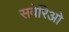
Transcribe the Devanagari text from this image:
सवेरिओ